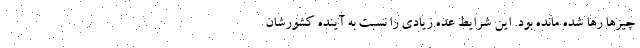
چیزها رها شده مانده بود. این شرایط عده زیادی را نسبت به آینده کشورشان